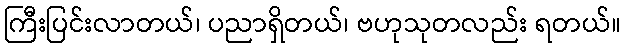
ကြီးပြင်းလာတယ်၊ ပညာရှိတယ်၊ ဗဟုသုတလည်း ရတယ်။